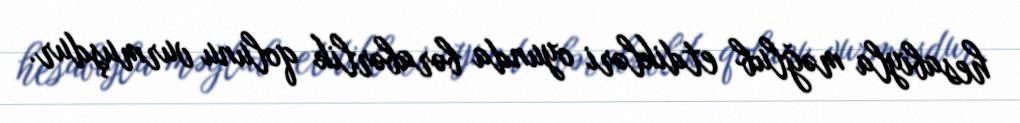
hesabıyla məğlub etdikləri oyunda bərabərlik qolunu vurmuşdur.